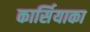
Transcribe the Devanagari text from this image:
कार्सियाका